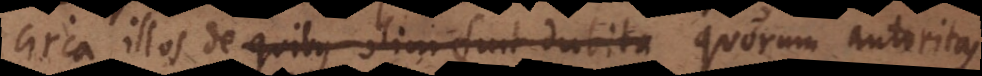
circa illos de quibus olim fuit dubita quorum autoritas